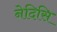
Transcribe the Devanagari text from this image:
नेदिसि